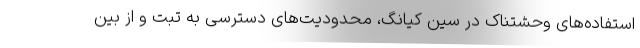
استفاده‌های وحشتناک در سین کیانگ، محدودیت‌های دسترسی به تبت و از بین